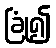
ခြုံ၍